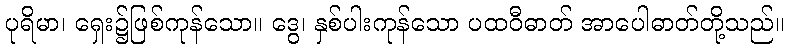
ပုရိမာ၊ ရှေး၌ဖြစ်ကုန်သော။ ဒွေ၊ နှစ်ပါးကုန်သော ပထဝီဓာတ် အာပေါဓာတ်တို့သည်။